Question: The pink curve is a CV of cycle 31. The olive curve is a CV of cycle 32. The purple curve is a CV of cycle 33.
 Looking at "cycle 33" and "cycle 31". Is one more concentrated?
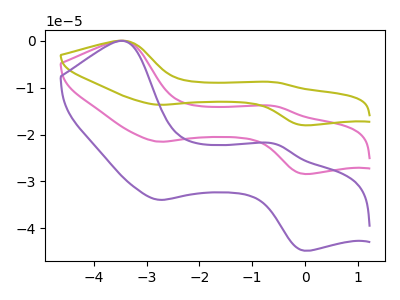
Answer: <think>The pink curve "cycle 31" has anodic peaks at (-3.45V, -0.05uA) (-0.55V, -14.00uA) and cathodic peaks at (-2.75V, -21.55uA) (0.00V, -28.40uA). The olive curve "cycle 32" has anodic peaks at (-3.45V, -0.10uA) (-0.55V, -27.95uA) and cathodic peaks at (-2.75V, -43.05uA) (0.00V, -56.80uA). The purple curve "cycle 33" has anodic peaks at (-3.45V, -0.10uA) (-0.55V, -22.05uA) and cathodic peaks at (-2.75V, -33.90uA) (0.00V, -44.70uA).
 All the peaks in "cycle 33" have a peak in "cycle 31" at the same potential.</think>
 <answer>I cant tell if "cycle 33" or "cycle 31" has higher concentration.</answer>
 <eval>mixed_concentration</eval>